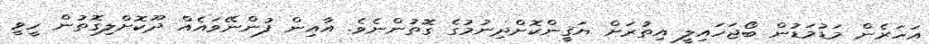
އަހަރެން މަޑުމަޑުން ބޯޖަހައިލީ އިތުރަށް ޔަޤީންކޮށްދިނުމުގެ ގޮތުންނެވެ. އާއިން ފުންނޭވައެއް ދޫކޮށްލިގޮތުން ހީވީ